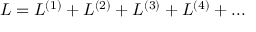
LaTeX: { \cal L } = { \cal L } ^ { ( 1 ) } + { \cal L } ^ { ( 2 ) } + { \cal L } ^ { ( 3 ) } + { \cal L } ^ { ( 4 ) } + . . .